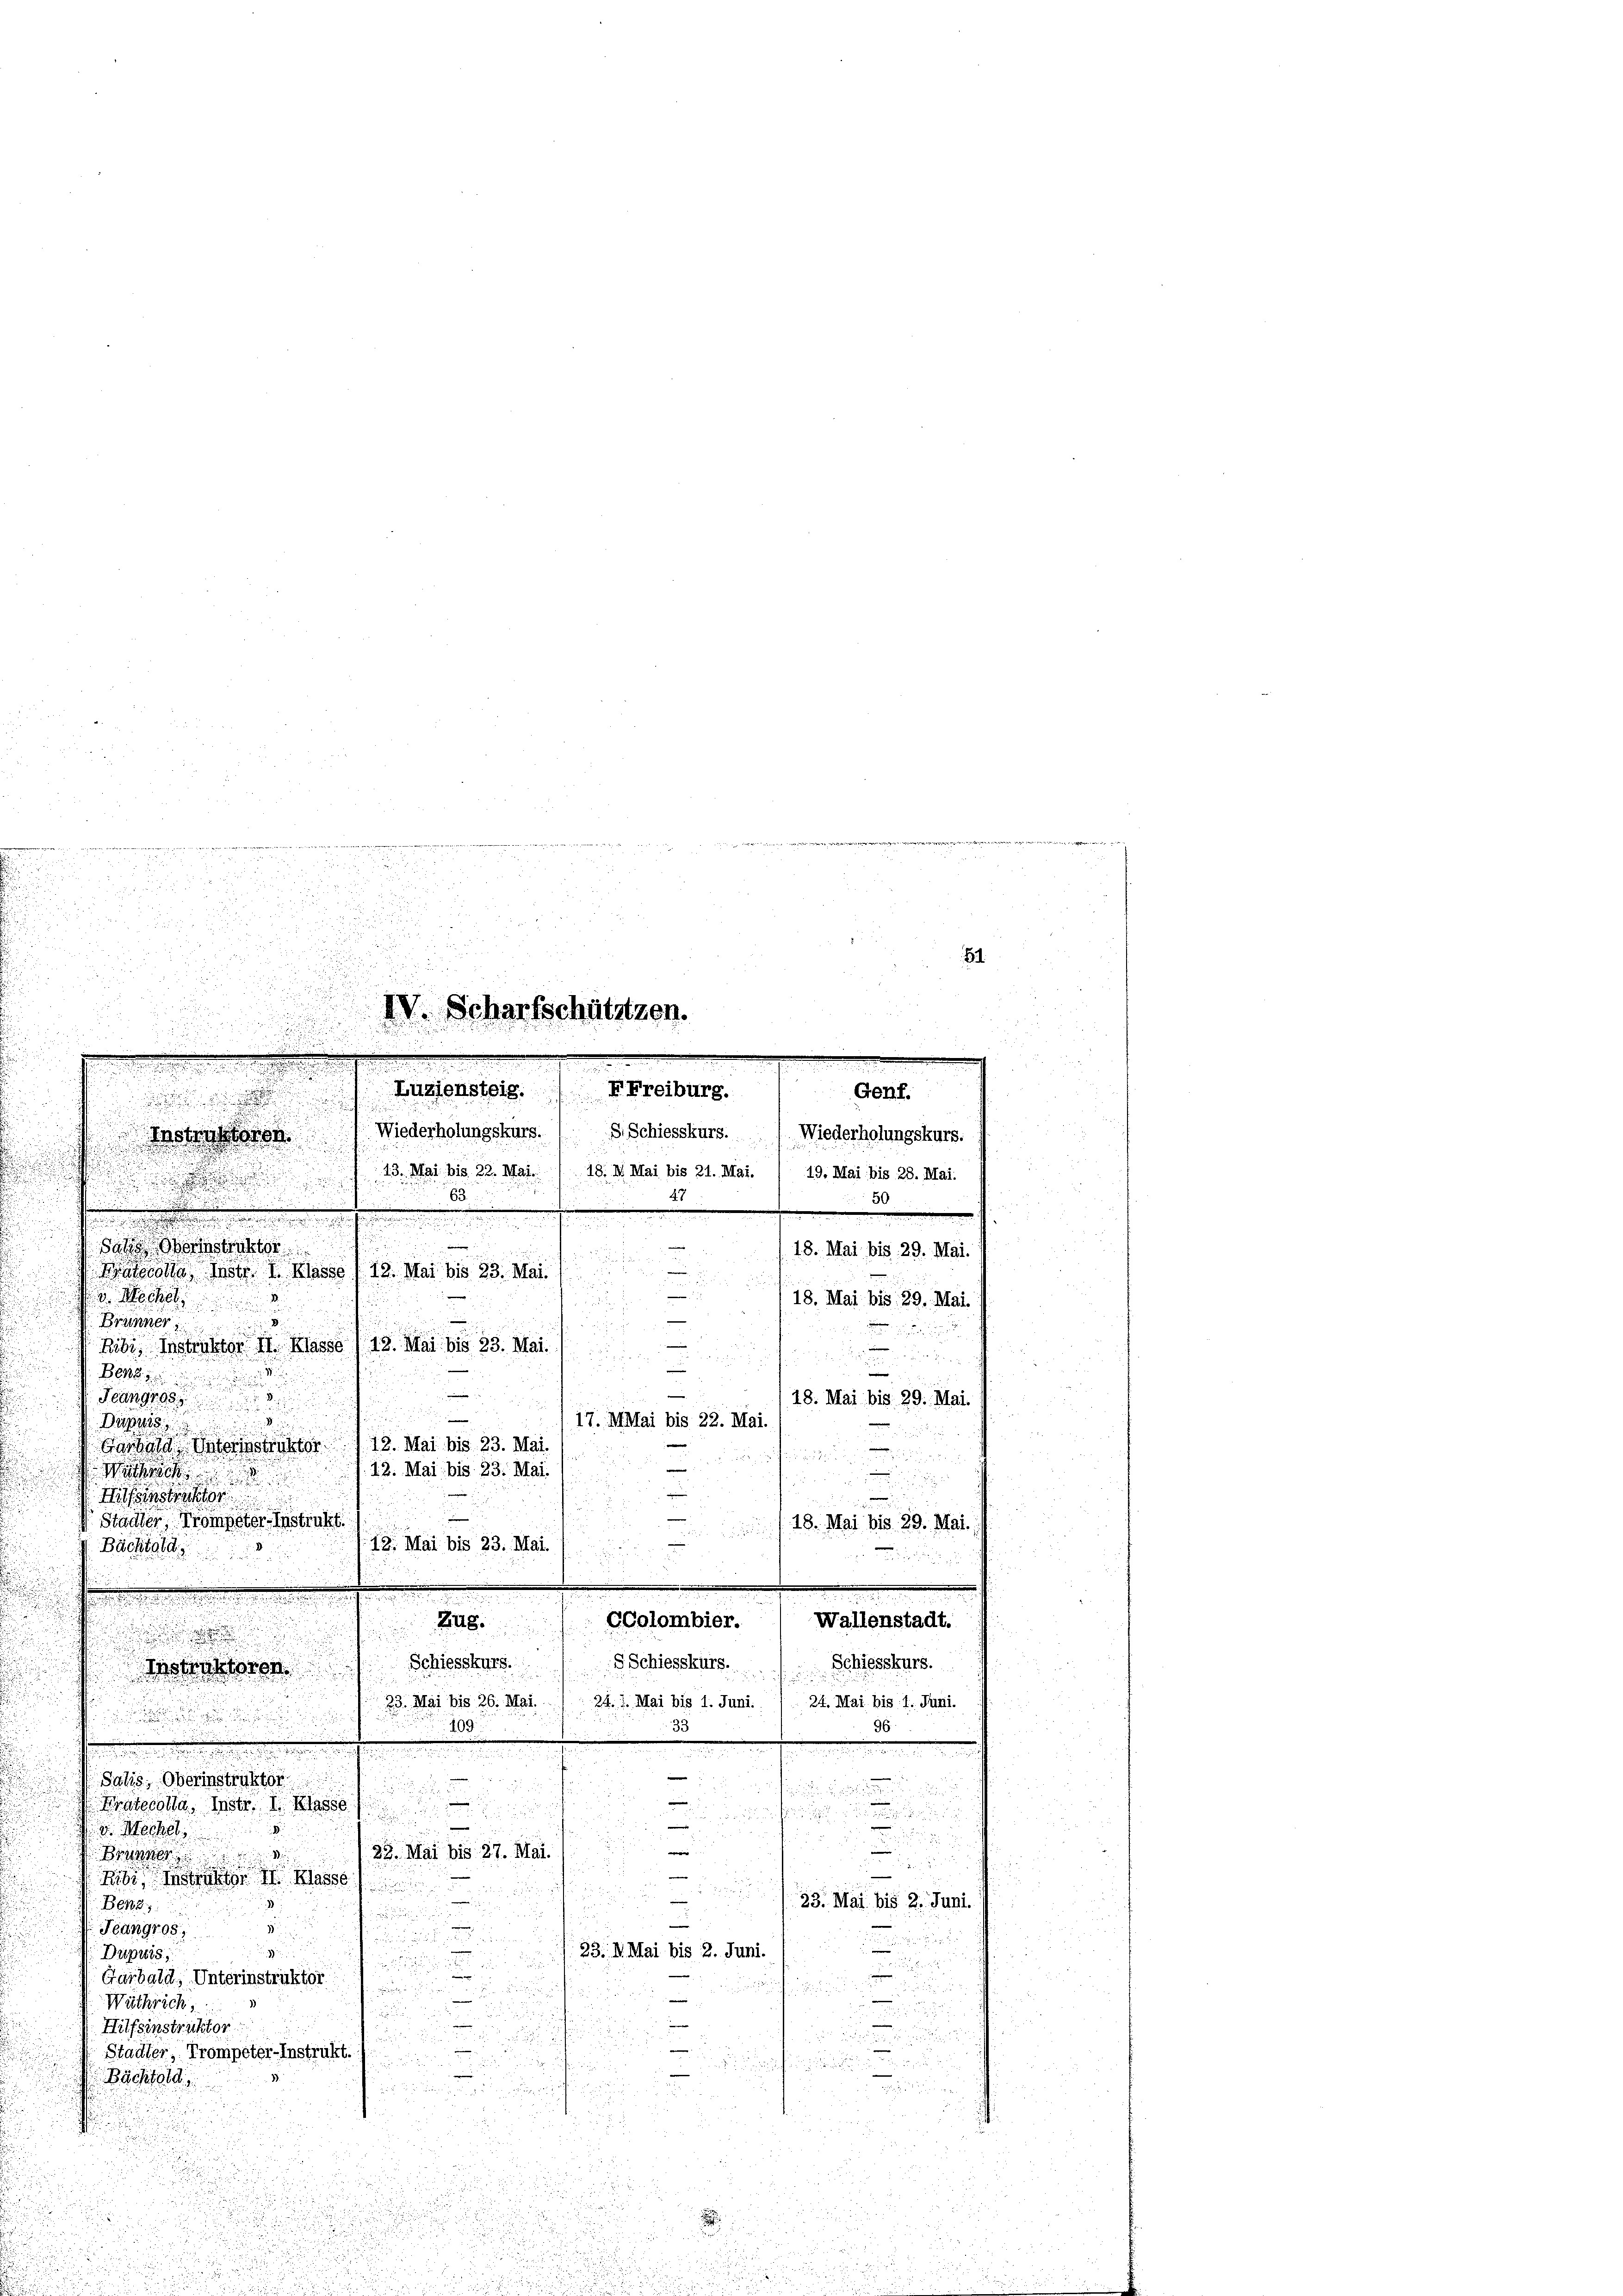
n
d

5
2 x 2 2
R

u
u
u
u

IV. Scharfschütztzen.
s

.
s
n
.
n
Luziensteig. / FFreiburg.
.
d

w

5
d

 5
 125. pr. 18
.

.

54
Genf.
Wiederholungskurs. 1 S. Schiessburs. Wiederholungskurs.
Bastastern
15. Mai bis 22 Mai/19. d. Mai bis 21. Mai. / 19. Mai bis 28. Mai.
63
1
e
.
.

Sache Sonstruktor

18. Mai bis 29. Mai.

13. Mai bis 23. Mai.
Krates Instr. I. Klasse
e
u

 Macht
18. Mai bis 29. Mai

.

Brünner
2
 hier Struktor Sr. Klasse) 18. Mai bis 23. Mai.

nue der ist
.
e
Ben

e
Fangress
18. Mai bis 29. Mai.

—
17. Mai bis 22. Mai.

s
d
.
¬

Zug. / CColombier. Wallenstadt.

.
k
s
Dass
e
12. Mai bis 23. Mai

Garbole Unter

e
12. Mai bis 23. Mai.
d
e
n

itsinstrecht
41
 Stadter Trompeter-Instrukt
/18. Mai bis 29. Mai.
19. Mai bis 23. Mai.
Bächtold
u

u

Schiesskurs.
nstraktoren. Schiesskurs. 18 Schiesskurs.
23. Mai bis 26. Mai
24. 7. Mai bis 1. Juni. / 24. Mai bis 1. Juni.

109.
96.
33
e
.
i
Salis, Oberinstruktor
i

e
Kratecolla, Instr. I. Klasse

 che
e
 Mechel
2 x 2
1

e
25. Mai bis 27. Mai.
Brunn
 den
i

Ribe, ist II Klasse
.
e
23. Mai bis 2. Juni.
Benz.
2
e
z
un
Fangros
23. M. Mai bis 2. Juni.
Dupuis,
h
u
2
.
Garbald, Unterinstruktor
u

Wäthrich.

.
|
n
Hilfsinstruktor

.
—
Stadter, Trompeter-Instrukt.

n
e
Bächtold
Sudium
.
5

25
n
x
2
u
w

2

den

5

in unte